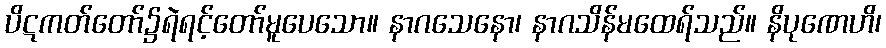
ပိဋကတ်တော်၌ရဲရင့်တော်မူပေသော။ နာဂသေနော၊ နာဂသိန်မထေရ်သည်။ နိပုဏေဟိ၊